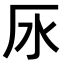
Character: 𣱷